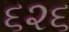
૬૨૬